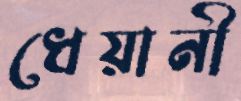
ধেয়ানী